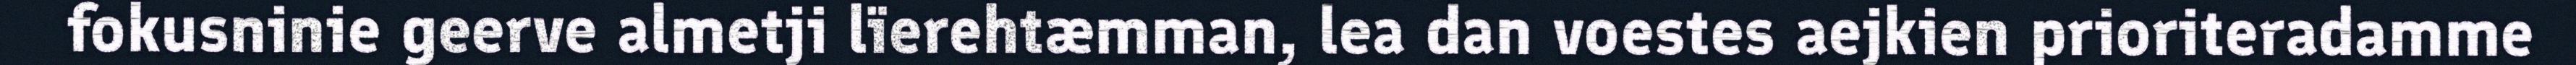
fokusninie geerve almetji lïerehtæmman, lea dan voestes aejkien prioriteradamme